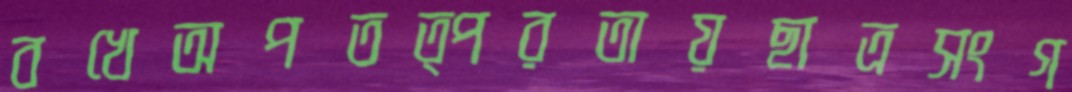
বখেঅপতত্পরতায়ছাত্রসংগ